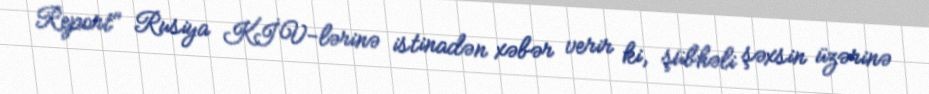
Report" Rusiya KİV-lərinə istinadən xəbər verir ki, şübhəli şəxsin üzərinə